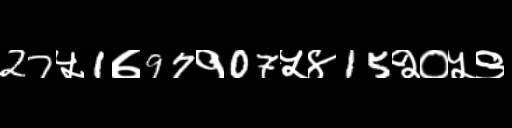
Text: 27५1७97१07५४15२०५९